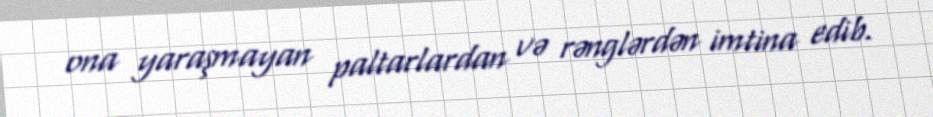
ona yaraşmayan paltarlardan və rənglərdən imtina edib.